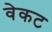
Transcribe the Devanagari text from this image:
वेकट